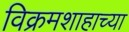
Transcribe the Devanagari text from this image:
विक्रमशाहाच्या